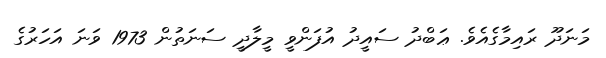
މަނަދޫ ރައިމާގެއެވެ. ޢަބްދު ސައީދު އުފަންވީ މީލާދީ ސަނަތުން 1973 ވަނަ އަހަރުގެ